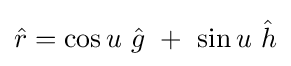
{\hat {r}}=\cos u\ {\hat {g}}\ +\ \sin u\ {\hat {h}}